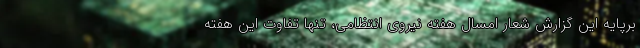
برپایه این گزارش شعار امسال هفته نیروی انتظامی، تنها تفاوت این هفته